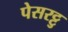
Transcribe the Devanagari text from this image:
पेसरट्टु